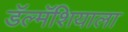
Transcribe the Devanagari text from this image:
डॅल्मॅशियाला